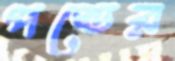
পণ্ডের